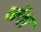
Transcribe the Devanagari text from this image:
खेंदर